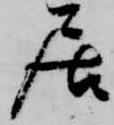
居